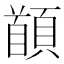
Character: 䭭